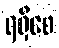
ရရှိစေ